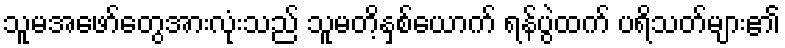
သူမအဖော်တွေအားလုံးသည် သူမတိ့နှစ်ယောက် ရန်ပွဲထက် ပရိသတ်များ၏